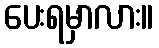
ပေးရမှာလား။